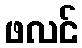
ဖလင်